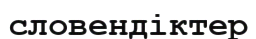
словендіктер